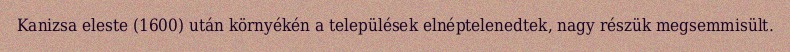
Kanizsa eleste (1600) után környékén a települések elnéptelenedtek, nagy részük megsemmisült.